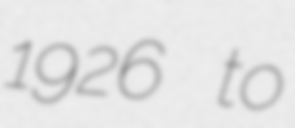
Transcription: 1926 to